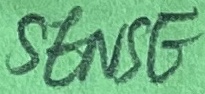
Text: SENSE